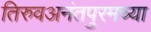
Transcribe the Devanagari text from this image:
तिरुवअनंतपुरमच्या